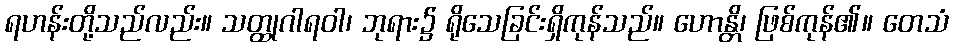
ရဟန်းတို့သည်လည်း။ သတ္ထုဂါရဝါ၊ ဘုရား၌ ရိုသေခြင်းရှိကုန်သည်။ ဟောန္တိ၊ ဖြစ်ကုန်၏။ တေသံ